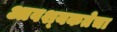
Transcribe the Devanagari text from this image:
आवश्‍यकतेचा